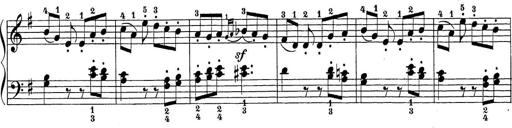
Title: Sonatina Album
Composer: Louis KÃ¶hler